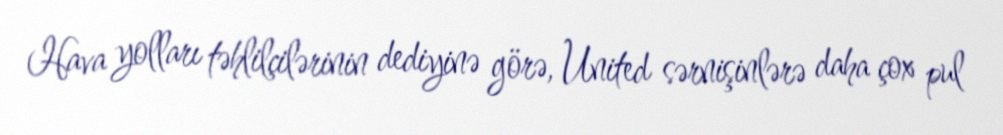
Hava yolları təhlilçilərinin dediyinə görə, United sərnişinlərə daha çox pul